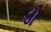
ડો